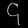
Digit: ၄